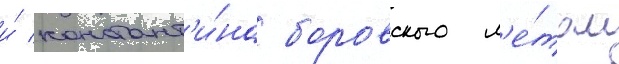
и́ констант'и́на боровского л'е́том